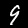
Label: 9